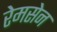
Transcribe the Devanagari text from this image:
रेमसेन